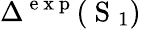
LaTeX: \Delta^{\mathrm{~e~x~p~}}(\mathrm{~S~}_{1})